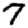
Digit: 7